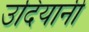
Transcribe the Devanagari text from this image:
उदियानी